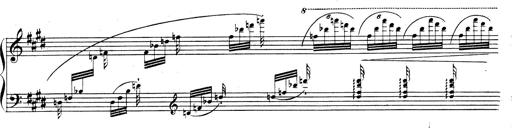
Title: Rhapsodie espagnole
Composer: Franz Liszt